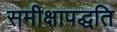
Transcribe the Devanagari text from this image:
समीक्षापद्धति